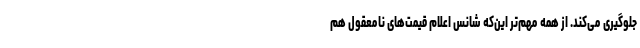
جلوگیری می‌کند. از همه مهم‌تر این‌که شانس اعلام قیمت‌های نامعقول هم